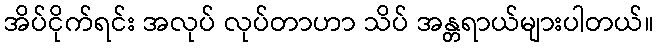
အိပ်ငိုက်ရင်း အလုပ် လုပ်တာဟာ သိပ် အန္တရာယ်များပါတယ်။